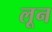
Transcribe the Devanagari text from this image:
लून